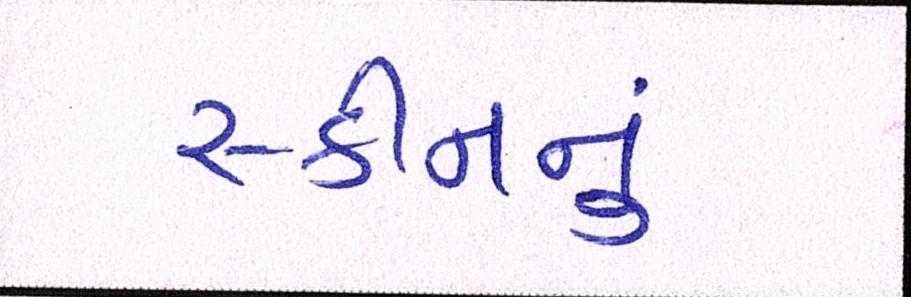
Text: સ્કીનનું